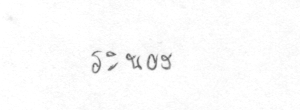
ระนอง